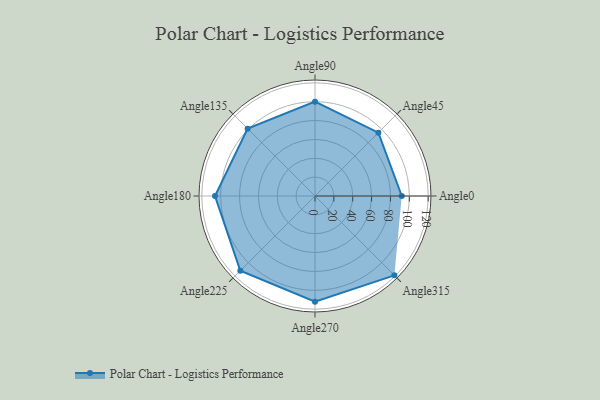
{"axis": {"x": "Angle", "y": "Radius"}, "legend": [""], "data": [{"x": "Angle0", "y": 92.0, "type": ""}, {"x": "Angle45", "y": 95.0, "type": ""}, {"x": "Angle90", "y": 100.0, "type": ""}, {"x": "Angle135", "y": 101.0, "type": ""}, {"x": "Angle180", "y": 106.0, "type": ""}, {"x": "Angle225", "y": 112.0, "type": ""}, {"x": "Angle270", "y": 112.0, "type": ""}, {"x": "Angle315", "y": 119.0, "type": ""}]}